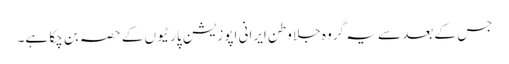
جس کے بعد سے یہ گروہ جلا وطن ایرانی اپوزیشن پارٹیوں کے حصہ بن چکا ہے۔